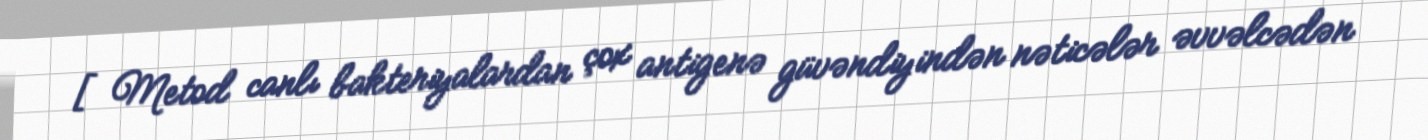
[Metod canlı bakteriyalardan çox antigenə güvəndiyindən nəticələr əvvəlcədən